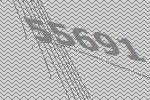
55691